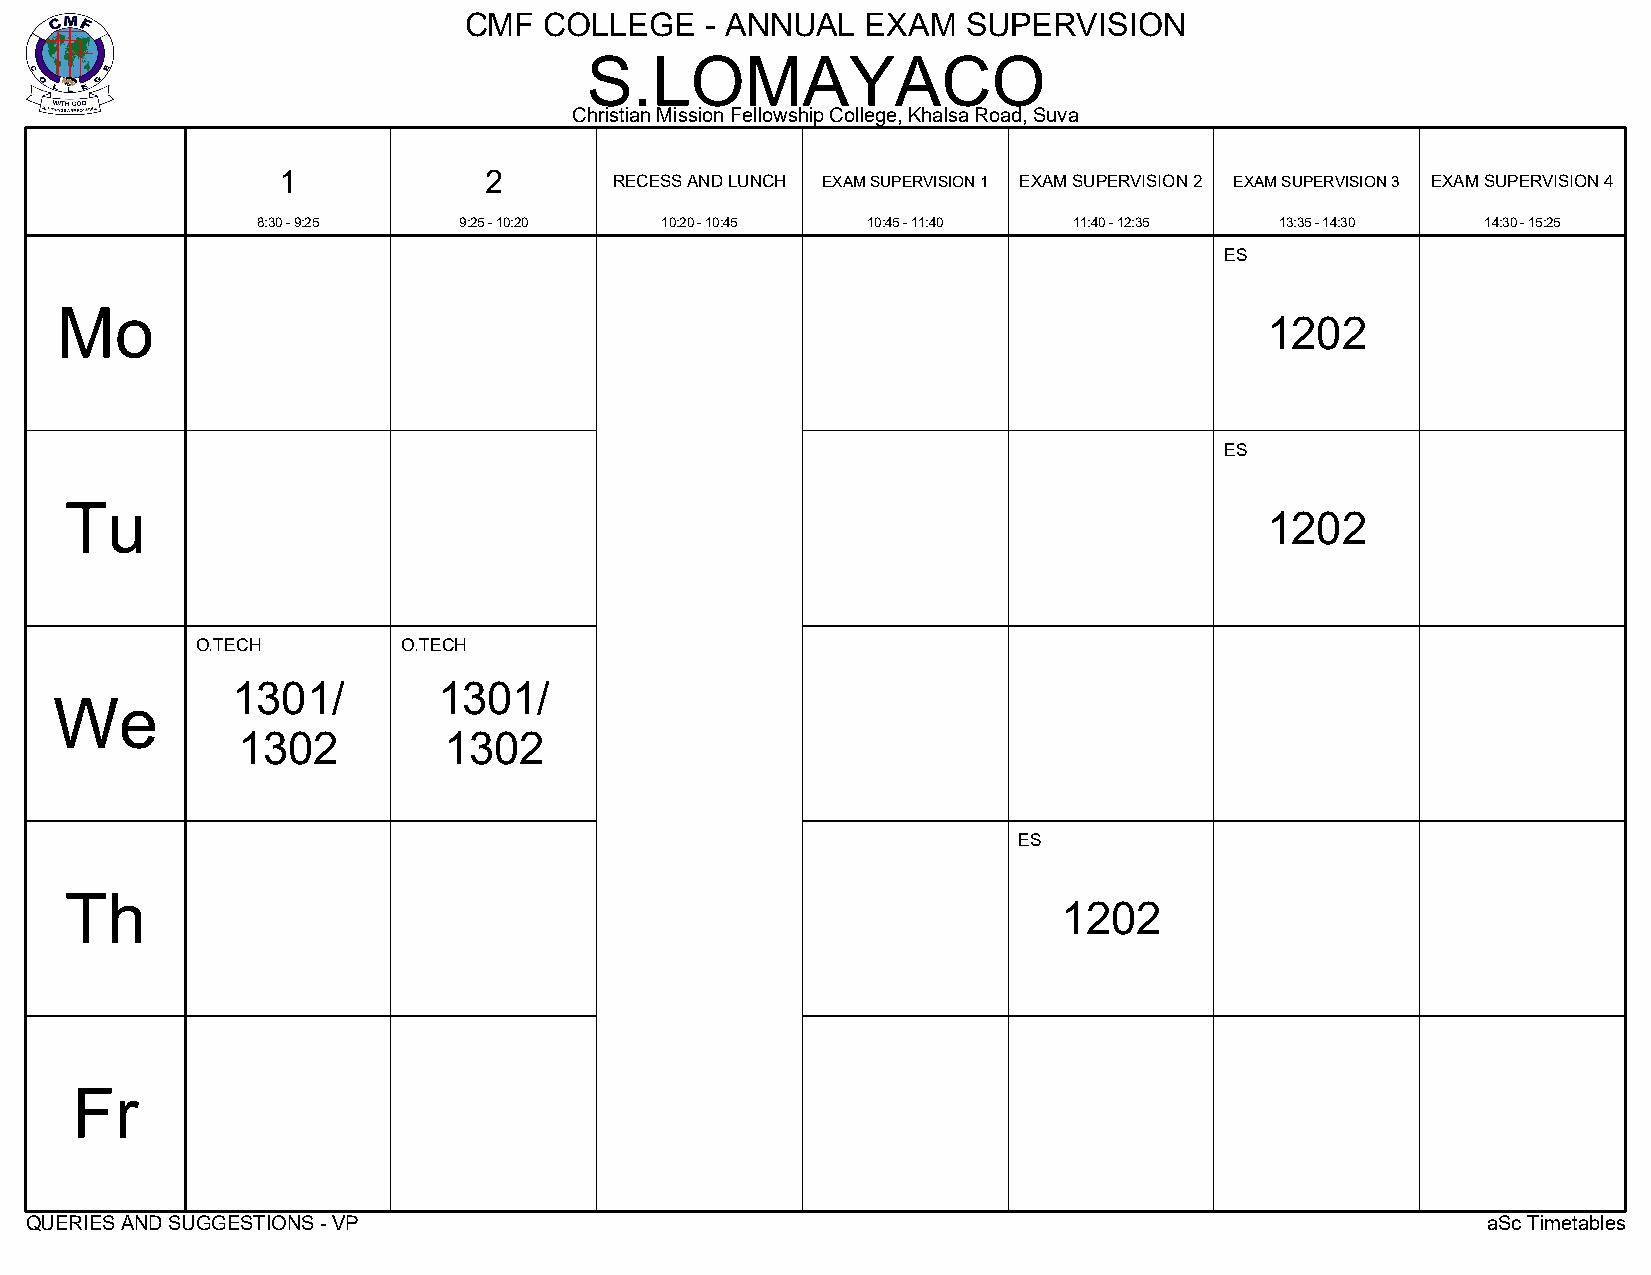
CMF  COLLEGE    - ANNUAL  EXAM   SUPERVISION
 S.LOMAYACO
 Christian Mission Fellowship College, Khalsa Road, Suva
 1             2
 RECESS AND LUNCH EXAM SUPERVISION 1 EXAM SUPERVISION 2 EXAM SUPERVISION 3 EXAM SUPERVISION 4
 8:30 - 9:25  9:25 - 10:20  10:20 - 10:45 10:45 - 11:40 11:40 - 12:35 13:35 - 14:30 14:30 - 15:25
 ES
 Mo
 1202
 ES
 Tu
 1202
 O.TECH        O.TECH
 1301/         1301/
 We
 1302         1302
 ES
 Th
 1202
 Fr
 QUERIES AND SUGGESTIONS - VP                                                                    aSc Timetables